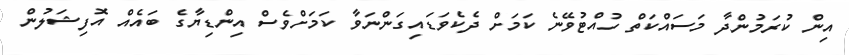
އިން ކުރަމުންދާ މަސައްކަތް ހުއްޓުވޭނެ ކަމަށް ދެކެވަޑައިގަންނަވާ ކަމަށްވެސް އިންޑިޔާގެ ބައެއް އޮފިޝަލުން